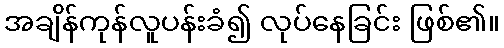
အချိန်ကုန်လူပန်းခံ၍ လုပ်နေခြင်း ဖြစ်၏။